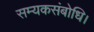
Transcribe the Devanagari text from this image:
सम्यकसंबोधि।